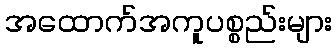
အထောက်အကူပစ္စည်းများ